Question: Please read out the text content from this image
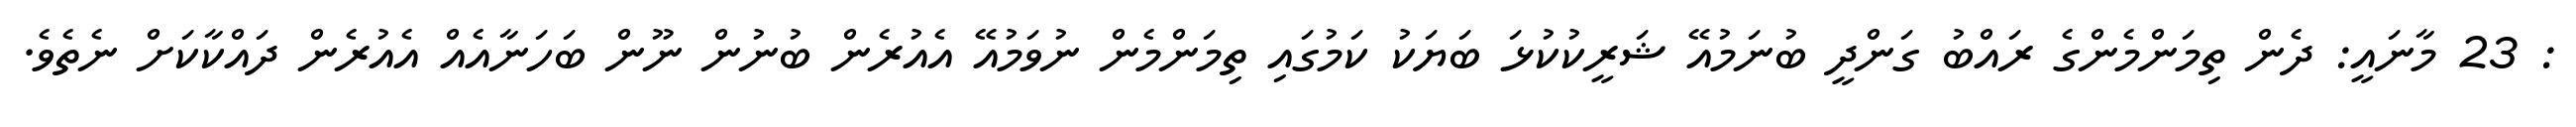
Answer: : 23 މާނައީ: ދެން ތިމަންމެންގެ ރައްބު ގަންދީ ބުނަމުއޭ ޝަރީކުކުޅަ ބަޔަކު ކަމުގައި ތިމަންމެން ނުވަމުއޭ އެއުރެން ބުނުން ނޫން ބަހަނާއެއް އެއުރެން ދައްކާކަށް ނެތެވެ.